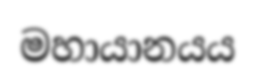
මහායානයය